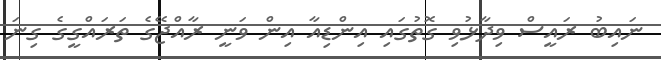
ނައިބު ރައީސް ވިދާޅުވި ގޮތުގައި އިންޑިއާ އިން ވަނީ ރާއްޖޭގެ ތަރައްގީގެ ގިނަ